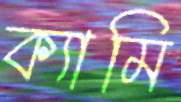
ক্যামি